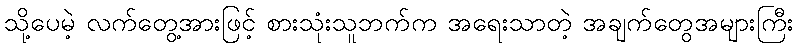
သို့ပေမဲ့ လက်တွေ့အားဖြင့် စားသုံးသူဘက်က အရေးသာတဲ့ အချက်တွေအများကြီး